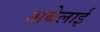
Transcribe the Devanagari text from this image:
अबेलाई